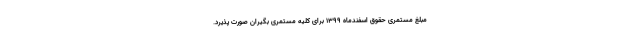
مبلغ مستمری حقوق اسفندماه ۱۳۹۹ برای کلیه مستمری بگیران صورت پذیرد.